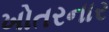
ખોતરનાર